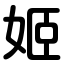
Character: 姬